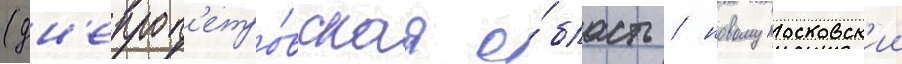
(дн'епроп'етро́вскаа о́бласть / новомосковск'ии